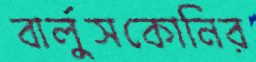
বার্লুসকোনির